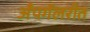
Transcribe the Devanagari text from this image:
अँपगॅलरीत